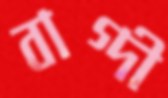
বাগ্দী